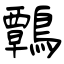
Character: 鷣